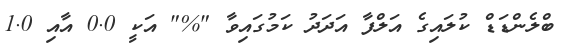
ބްލެންޑަޑް ކުލައިގެ އަލްފާ އަދަދު ކަމުގައިވާ "%" އަކީ 0.0 އާއި 1.0